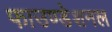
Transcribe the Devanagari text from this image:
फाउण्डेशनल